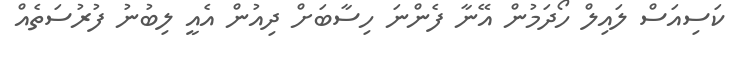
ކަސިއަސް ލައިލް ހޯދަމުން އޭނާ ފެންނަ ހިސާބަށް ދިއުން އެއީ ލިބުނު ފުރުސަތެއް